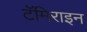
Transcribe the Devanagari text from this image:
टॅमिराइन